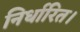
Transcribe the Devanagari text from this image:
निर्धारित।